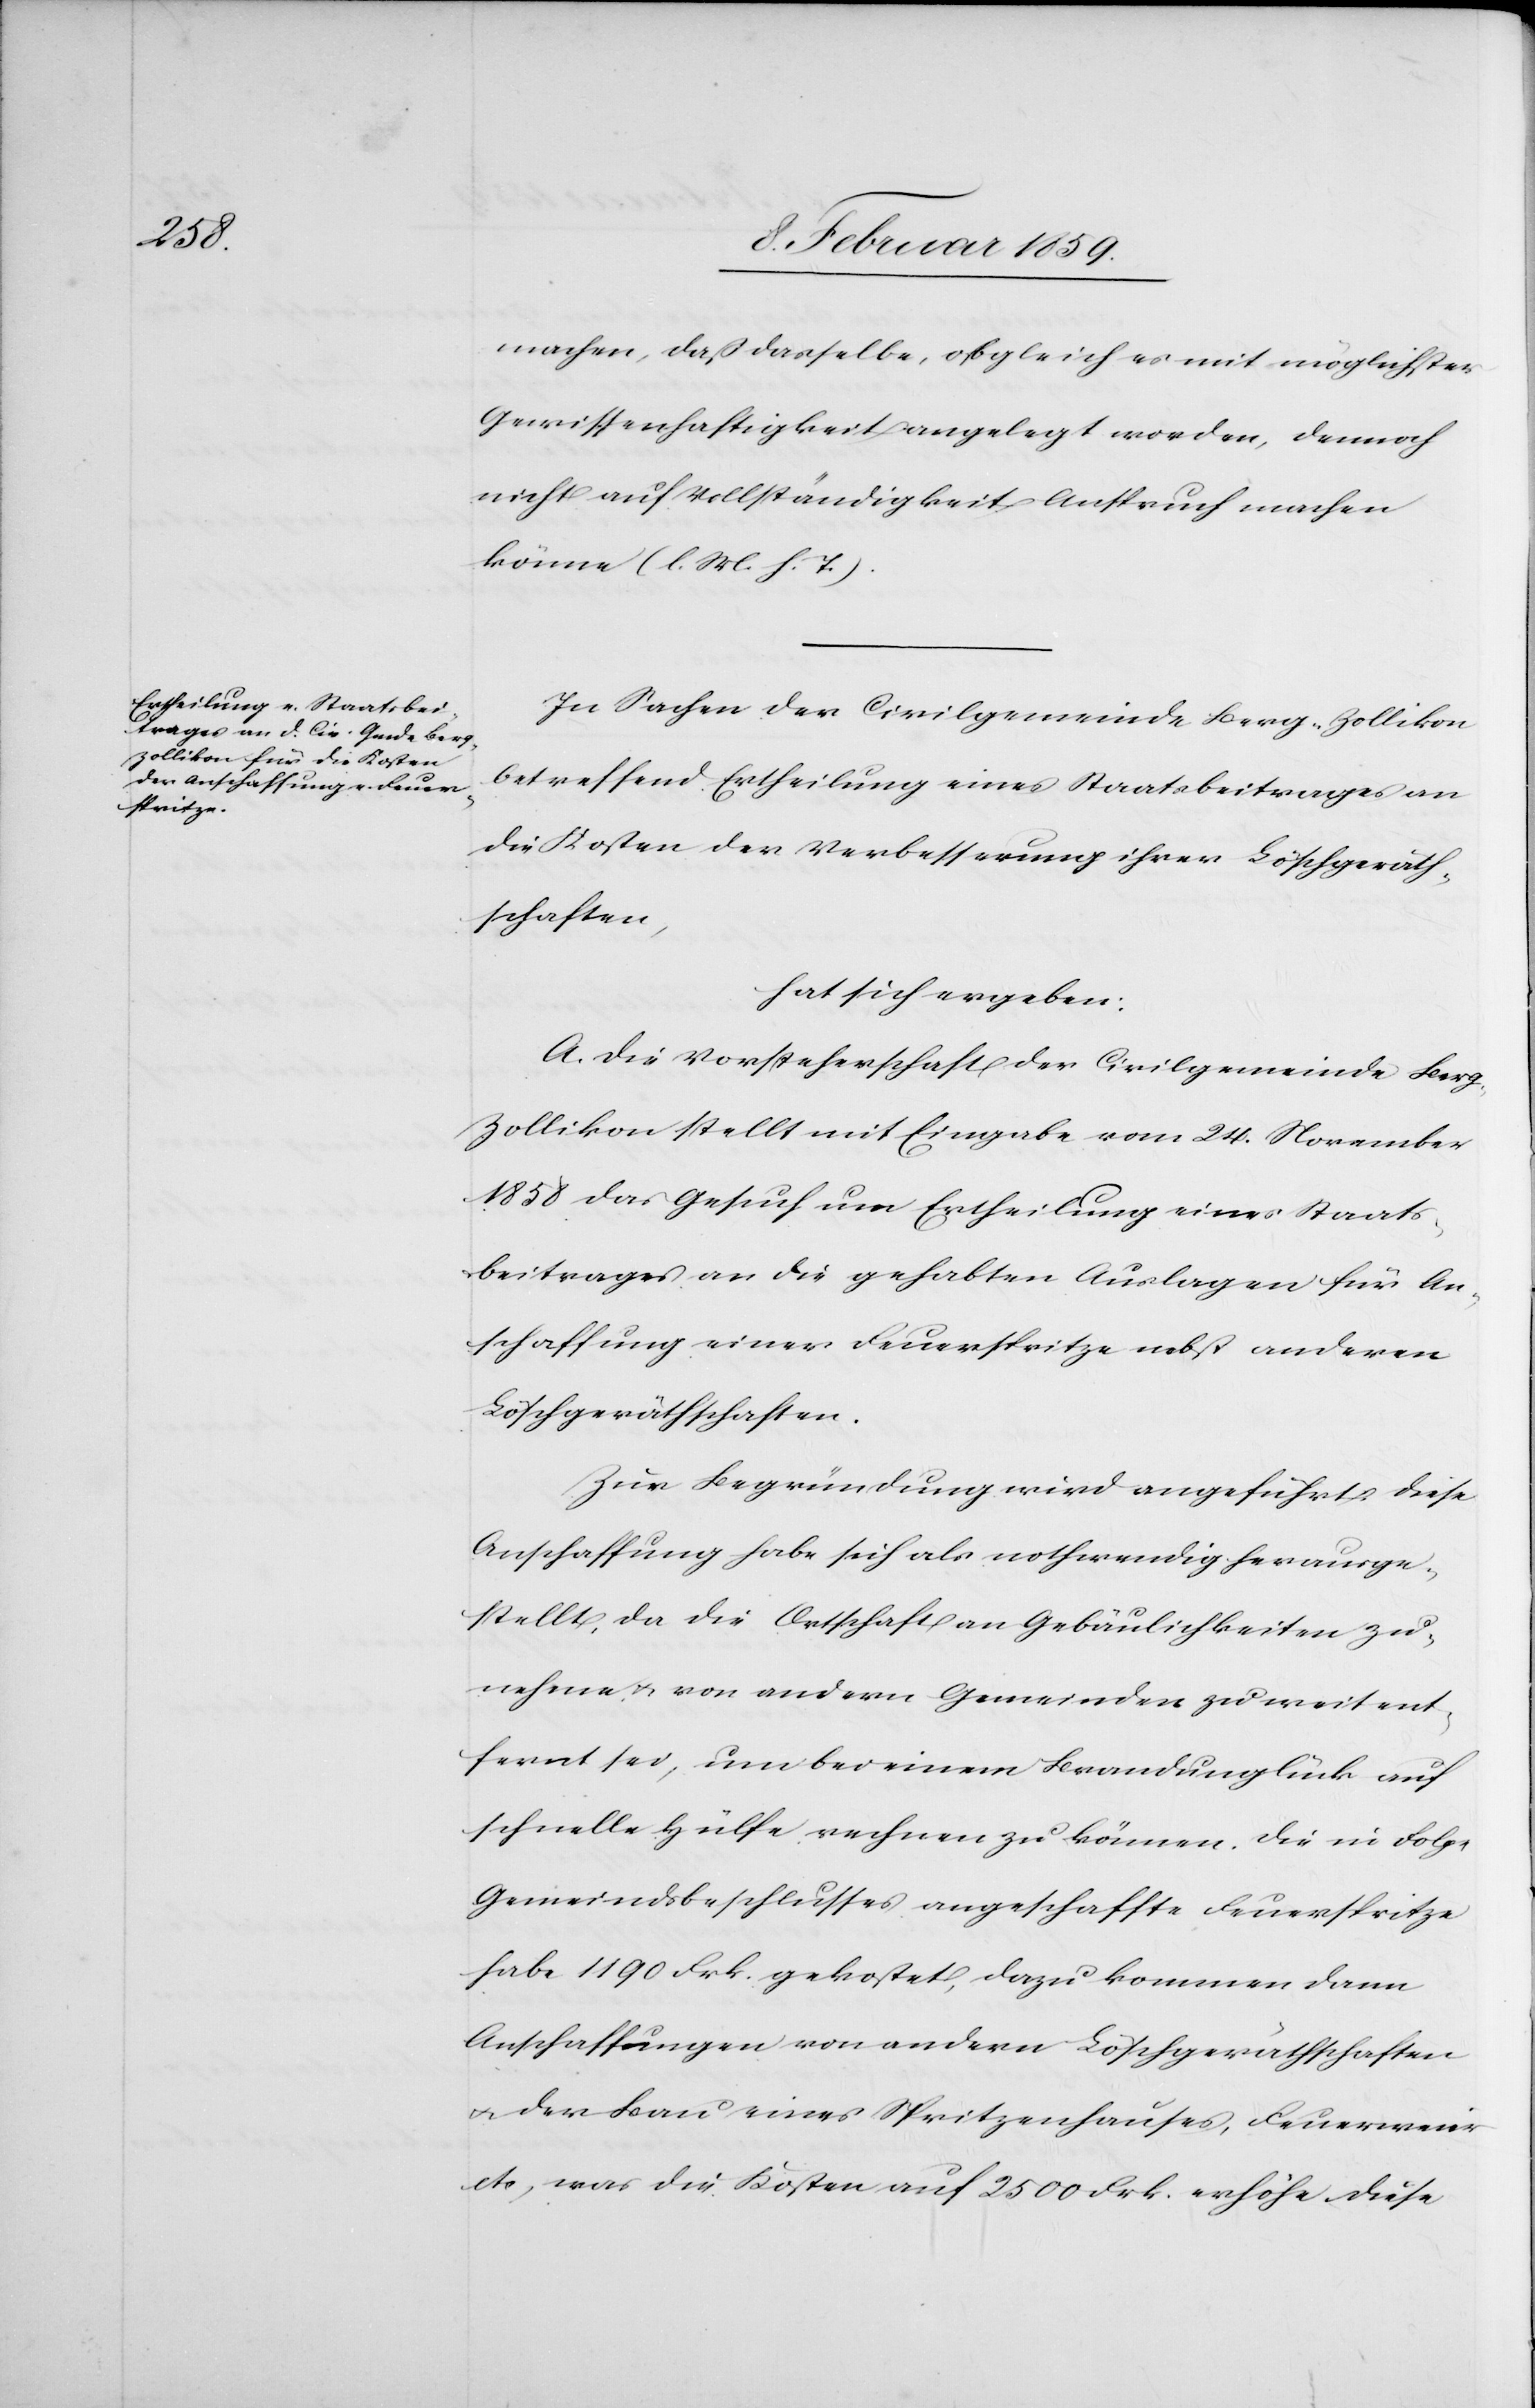
machen, daß dasselbe, obgleich es mit möglichster
Gewissenhaftigkeit angelegt worden, dennoch
nicht auf Vollständigkeit Anspruch machen
könne (l. M. h. T.).
In Sachen der Civilgemeinde Berg-Zollikon
betreffend Ertheilung eines Staatsbeitrages an
die Kosten der Verbesserung ihrer Löschgeräth¬
schaften,
hat sich ergeben:
A. Die Vorsteherschaft der Civilgemeinde Berg-Z¬
ollikon stellt mit Eingabe vom 24. November
1858 das Gesuch um Ertheilung eines Staats¬
beitrages an die gehabten Auslagen für An¬
schaffung einer Freuerspritze nebst anderen
Löschgeräthschaften.
Zur Begründung wird angeführt, diese
Anschaffung habe sich als nothwendig herausge¬
stellt, da die Ortschaft an Gebäulichkeiten zu¬
nehme u. von andern Gemeinden zu weit ent¬
fernt sei, um bei einem Brandunglück auf
schnelle Hülfe rechnen zu können. Die in Folge
Gemeindsbeschlusses angeschaffte Feuerspritze
habe 1190 Frk. gekostet, dazu kommen dann
Anschaffungen von andern Löschgeräthschaften
u. der Bau eines Spritzenhauses, Feuerweier
etc., was die Kosten auf 2500 Frk. erhöhe. Diese